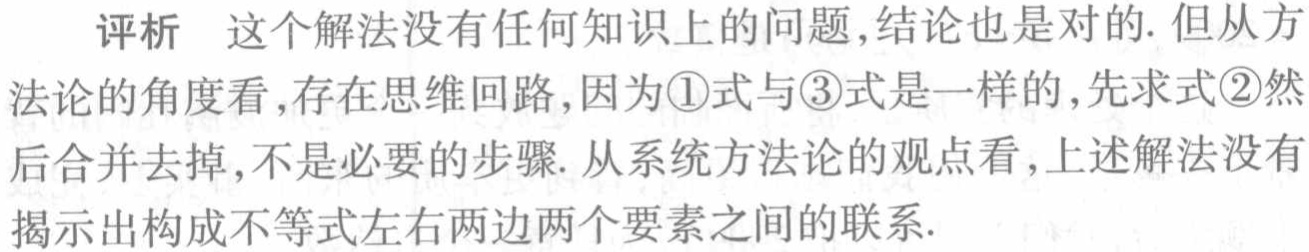
评析 这个解法没有任何知识上的问题,结论也是对的. 但从方法论的角度看,存在思维回路,因为\textcircled{1}式与\textcircled{3}式是一样的,先求式\textcircled{2}然后合并去掉,不是必要的步骤. 从系统方法论的观点看,上述解法没有揭示出构成不等式左右两边两个要素之间的联系.